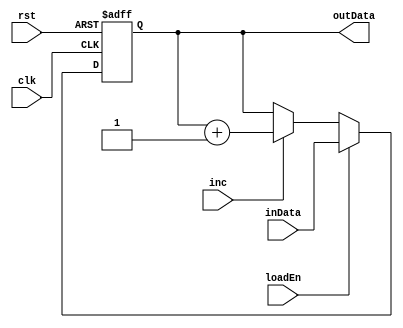
module PC (clk, rst, inData, outData, inc, loadEn);
  input clk, rst;
  input [12:0] inData;
  output reg [12:0] outData;
  input inc, loadEn;
  always @ (posedge clk, posedge rst) begin
    if(rst) begin
      outData <= 8'b0;
    end
    else begin
      if(loadEn) begin
        outData <= inData;
      end
      else begin
          if(inc) begin
            outData = outData + 1;
          end
      end
    end
  end

endmodule // PC